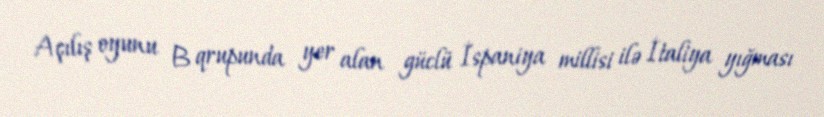
Açılış oyunu B qrupunda yer alan güclü İspaniya millisi ilə İtaliya yığması